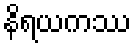
နိရယကဿ